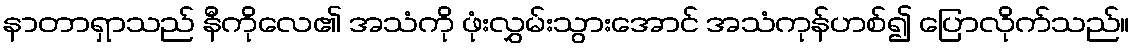
နာတာရှာသည် နီကိုလေ၏ အသံကို ဖုံးလွှမ်းသွားအောင် အသံကုန်ဟစ်၍ ပြောလိုက်သည်။